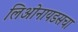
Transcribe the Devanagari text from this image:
लिओनायडसचा